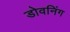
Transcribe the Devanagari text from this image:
डोवनिंग